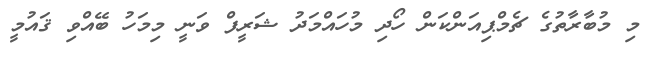
މި މުބާރާތުގެ ޗެމްޕިއަންކަން ހޯދި މުހައްމަދު ޝަރީފް ވަނީ މިމަހު ބޭއްވި ޤައުމީ